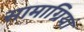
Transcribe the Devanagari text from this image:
सामाग्रियां